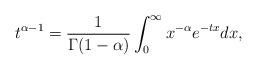
LaTeX: \begin{align*}t^{\alpha - 1} = \frac{1}{\Gamma(1-\alpha)} \int_0^\infty x^{-\alpha} e^{-tx} dx,\end{align*}